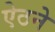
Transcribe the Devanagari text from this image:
ऐठने